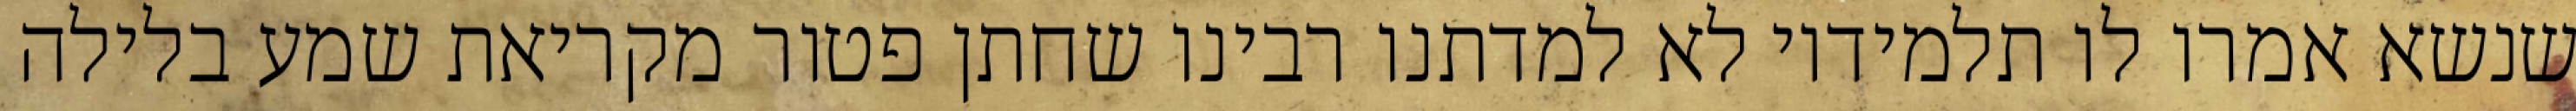
שנשא אמרו לו תלמידיו לא למדתנו רבינו שחתן פטור מקריאת שמע בלילה